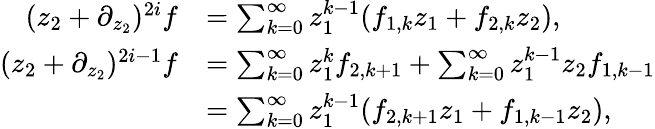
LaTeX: \begin{array}{rl}{(z_{2}+\partial_{z_{2}})^{2i}f}&{=\sum_{k=0}^{\infty}z_{1}^{k-1}(f_{1,k}z_{1}+f_{2,k}z_{2}),}\\ {(z_{2}+\partial_{z_{2}})^{2i-1}f}&{=\sum_{k=0}^{\infty}z_{1}^{k}f_{2,k+1}+\sum_{k=0}^{\infty}z_{1}^{k-1}z_{2}f_{1,k-1}}\\ &{=\sum_{k=0}^{\infty}z_{1}^{k-1}(f_{2,k+1}z_{1}+f_{1,k-1}z_{2}),}\end{array}